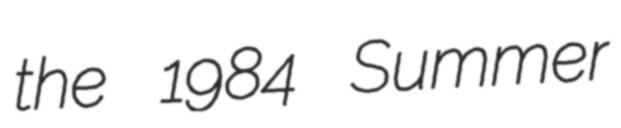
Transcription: the 1984 Summer